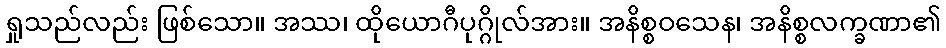
ရှုသည်လည်း ဖြစ်သော။ အဿ၊ ထိုယောဂီပုဂ္ဂိုလ်အား။ အနိစ္စဝသေန၊ အနိစ္စလက္ခဏာ၏